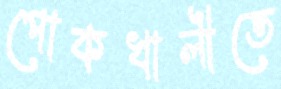
পোকখালীতে